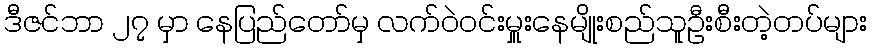
ဒီဇင်ဘာ ၂၇ မှာ နေပြည်တော်မှ လက်ဝဲ၀င်းမှူးနေမျိုးစည်သူဦးစီးတဲ့တပ်များ